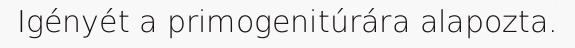
Igényét a primogenitúrára alapozta.